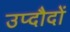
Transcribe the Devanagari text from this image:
उप्दौदों